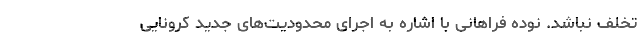
تخلف نباشد. نوده فراهانی با اشاره به اجرای محدودیت‌های جدید کرونایی